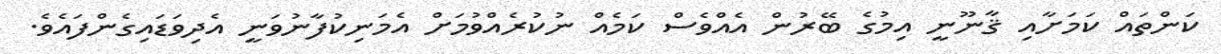
ކަންތައް ކަމަށާއި ޤާނޫނީ އިމުގެ ބޭރުން އެއްވެސް ކަމެއް ނުކުރެއްވުމަށް އެމަނިކުފާނުވަނީ އެދިވަޑައިގެންފައެވެ.